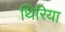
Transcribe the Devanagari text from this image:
थिरिया